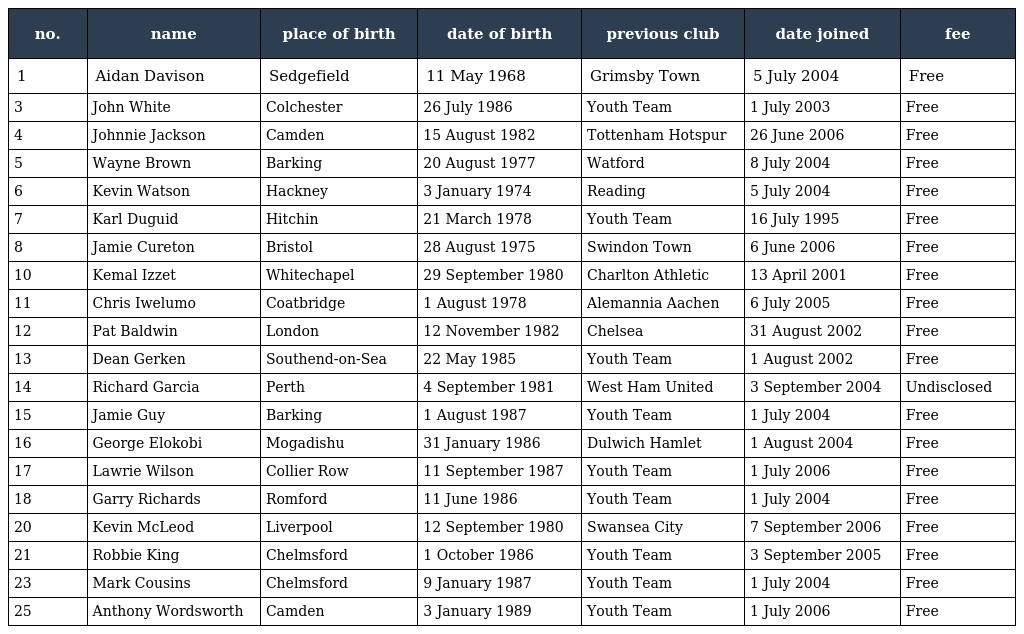
| no. | name | place of birth | date of birth | previous club | date joined | fee |
 | --- | --- | --- | --- | --- | --- | --- |
 | 1 | Aidan Davison | Sedgefield | 11 May 1968 | Grimsby Town | 5 July 2004 | Free |
 | 3 | John White | Colchester | 26 July 1986 | Youth Team | 1 July 2003 | Free |
 | 4 | Johnnie Jackson | Camden | 15 August 1982 | Tottenham Hotspur | 26 June 2006 | Free |
 | 5 | Wayne Brown | Barking | 20 August 1977 | Watford | 8 July 2004 | Free |
 | 6 | Kevin Watson | Hackney | 3 January 1974 | Reading | 5 July 2004 | Free |
 | 7 | Karl Duguid | Hitchin | 21 March 1978 | Youth Team | 16 July 1995 | Free |
 | 8 | Jamie Cureton | Bristol | 28 August 1975 | Swindon Town | 6 June 2006 | Free |
 | 10 | Kemal Izzet | Whitechapel | 29 September 1980 | Charlton Athletic | 13 April 2001 | Free |
 | 11 | Chris Iwelumo | Coatbridge | 1 August 1978 | Alemannia Aachen | 6 July 2005 | Free |
 | 12 | Pat Baldwin | London | 12 November 1982 | Chelsea | 31 August 2002 | Free |
 | 13 | Dean Gerken | Southend-on-Sea | 22 May 1985 | Youth Team | 1 August 2002 | Free |
 | 14 | Richard Garcia | Perth | 4 September 1981 | West Ham United | 3 September 2004 | Undisclosed |
 | 15 | Jamie Guy | Barking | 1 August 1987 | Youth Team | 1 July 2004 | Free |
 | 16 | George Elokobi | Mogadishu | 31 January 1986 | Dulwich Hamlet | 1 August 2004 | Free |
 | 17 | Lawrie Wilson | Collier Row | 11 September 1987 | Youth Team | 1 July 2006 | Free |
 | 18 | Garry Richards | Romford | 11 June 1986 | Youth Team | 1 July 2004 | Free |
 | 20 | Kevin McLeod | Liverpool | 12 September 1980 | Swansea City | 7 September 2006 | Free |
 | 21 | Robbie King | Chelmsford | 1 October 1986 | Youth Team | 3 September 2005 | Free |
 | 23 | Mark Cousins | Chelmsford | 9 January 1987 | Youth Team | 1 July 2004 | Free |
 | 25 | Anthony Wordsworth | Camden | 3 January 1989 | Youth Team | 1 July 2006 | Free |